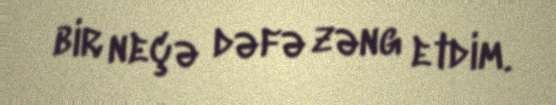
bir neçə dəfə zəng etdim.